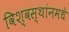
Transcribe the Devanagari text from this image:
विश्वस्थांनमधे